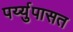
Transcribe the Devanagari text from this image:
पर्य्युपासत